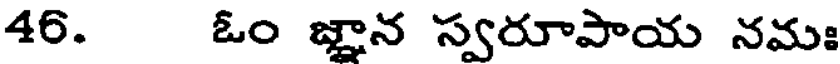
46. ఓం జ్ఞాన స్వరూపాయ నమః